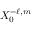
X _ { 0 } ^ { - \ell , m }